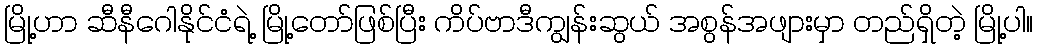
မြို့ဟာ ဆီနီဂေါနိုင်ငံရဲ့ မြို့တော်ဖြစ်ပြီး ကိပ်ဗာဒီကျွန်းဆွယ် အစွန်အဖျားမှာ တည်ရှိတဲ့ မြို့ပါ။